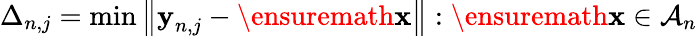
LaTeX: \Delta_{n,j}=\operatorname*{min}\left\| \textbf{y}_{n,j}-\ensuremath{\mathbf{x}}\right\| :\ensuremath{\mathbf{x}}\in\mathcal{A}_{n}